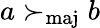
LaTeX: a\succ_{\mathrm{maj}}b